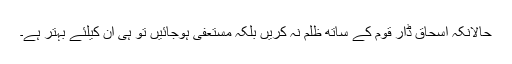
حالانکہ اسحاق ڈار قوم کے ساتھ ظلم نہ کریں بلکہ مستعفی ہوجائیں تو ہی ان کیلئے بہتر ہے۔